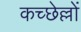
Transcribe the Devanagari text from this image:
कच्छेल्लों